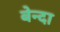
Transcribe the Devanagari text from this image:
बेन्दा